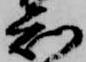
知